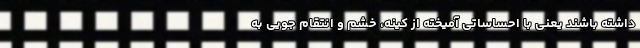
داشته باشند یعنی با احساساتی آمیخته از کینه، خشم و انتقام جویی به